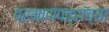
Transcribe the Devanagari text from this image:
प्रमाणपत्रांच्या